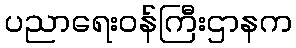
ပညာရေးဝန်ကြီးဌာနက